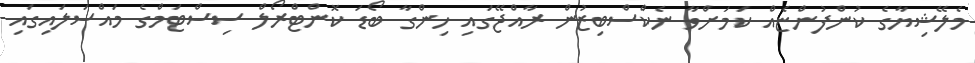
މެލޭޝިޔާގެ ކުންފުންޏެއް ކަމަށްވާ ނެކްސްބިޒުން ރާއްޖޭގައި ހިންގާ ބޯޑަ ކޮންޓްރޯލް ސިސްޓަމްގެ މައްސަލައިގައި